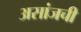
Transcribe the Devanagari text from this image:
असांजची